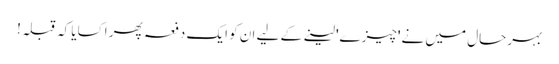
بہرحال میں نے 'چیزے' لینے کے لیے ان کو ایک دفعہ پھر اکسایا کہ قبلہ!